65_HS1-834228961_62-HQ-83894_Section_7
Agency: FBI
Page 62
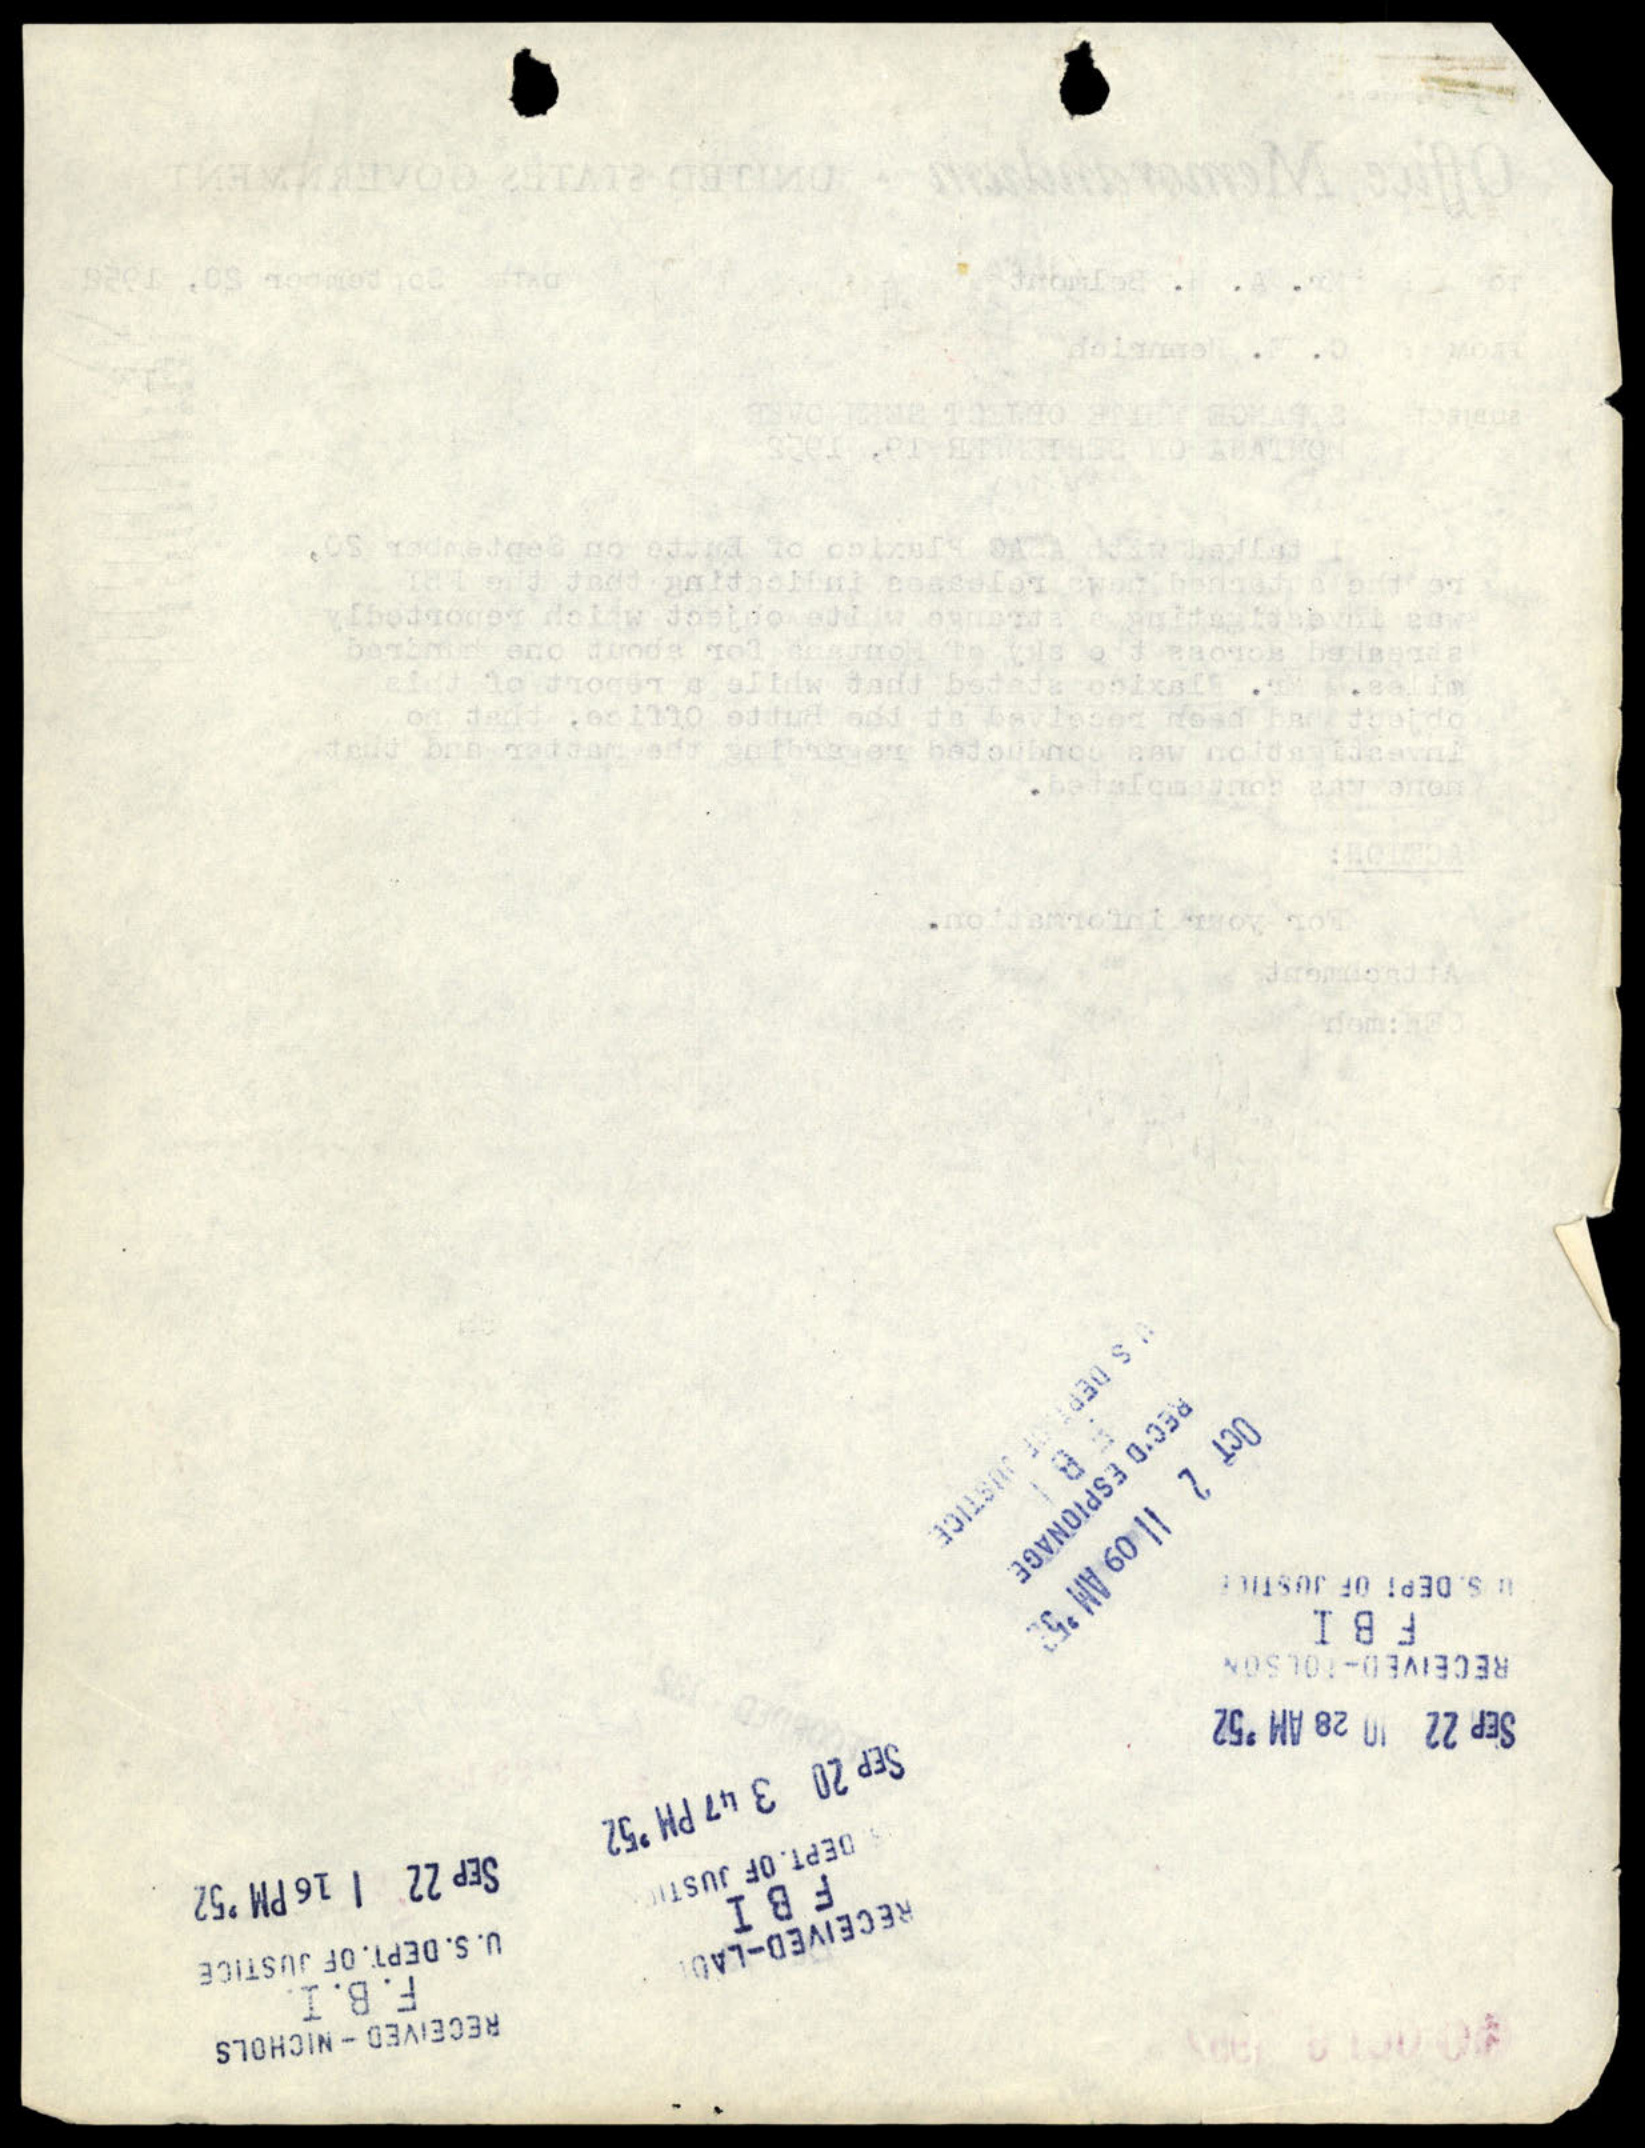